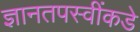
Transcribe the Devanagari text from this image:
ज्ञानतपस्वींकडे